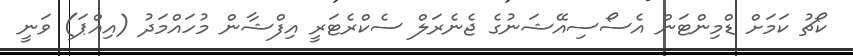
ކޯޗު ކަމަށް ޑްމިންޓަން އެސޯސިއޭޝަނުގެ ޖެނެރަލް ސެކްރެޓަރީ އިފްޝާން މުހައްމަދު (އިއްޕަ) ވަނީ